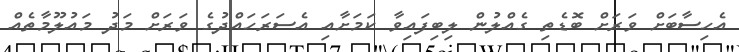
އެހިސާބަށް ވަރަށް ބޮޑެތި ގެއްލުން ލިބިފައިވާ ކަމަށާއި އެސަރަހައްދުގެ ވަރަށް މަދު މައުލޫމާތެއް